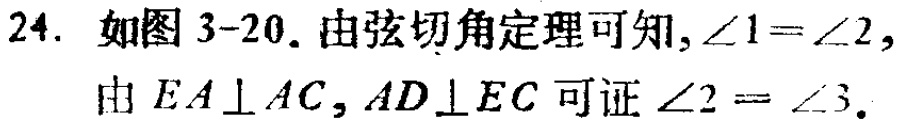
24. 如图3-20. 由弦切角定理可知, $\angle 1 = \angle 2$, 由 $EA\perp AC$, $AD\perp EC$ 可证 $\angle 2=\angle 3$.